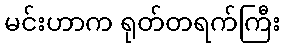
မင်းဟာက ရုတ်တရက်ကြီး